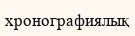
хронографиялық